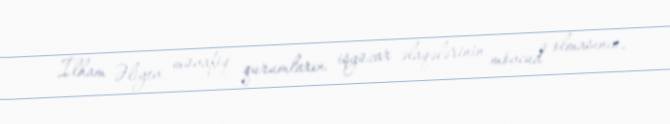
İlham Əliyev müvafiq qurumların işgüzar əlaqələrinin mövcud olmasının,